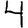
Digit: 4